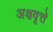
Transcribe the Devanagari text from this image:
अक्षवृत्ते